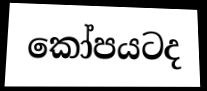
කෝපයටද